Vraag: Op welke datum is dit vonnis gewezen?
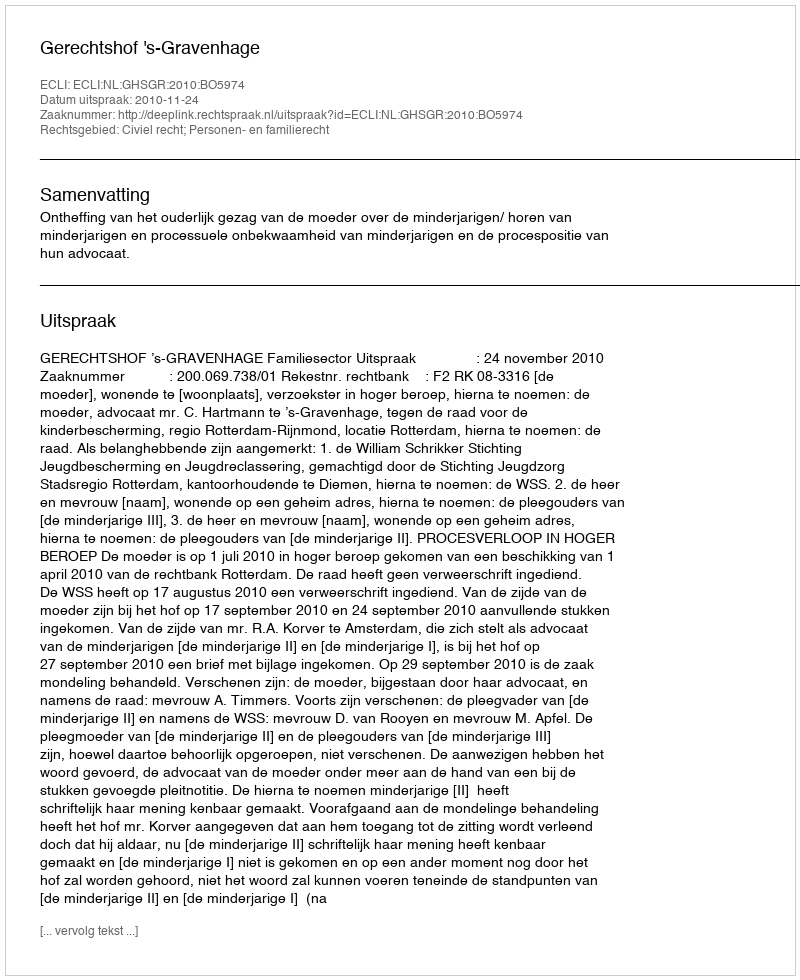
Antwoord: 2010-11-24